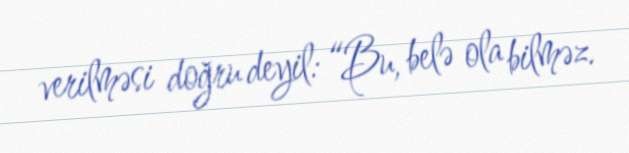
verilməsi doğru deyil: “Bu, belə ola bilməz.